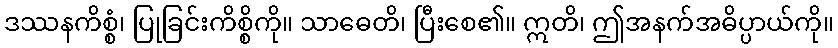
ဒဿနကိစ္စံ၊ ပြုခြင်းကိစ္စိကို။ သာဓေတိ၊ ပြီးစေ၏။ ဣတိ၊ ဤအနက်အဓိပ္ပာယ်ကို။